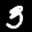
Label: 3